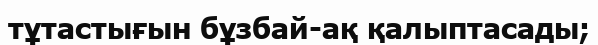
тұтастығын бұзбай-ақ қалыптасады;